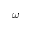
\omega